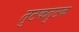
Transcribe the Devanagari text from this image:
तुटकतुटक